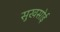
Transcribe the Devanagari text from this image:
सुखसोई